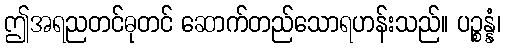
ဤအရညတင်ဓုတင် ဆောက်တည်သောရဟန်းသည်။ ပဉ္စန္နံ၊